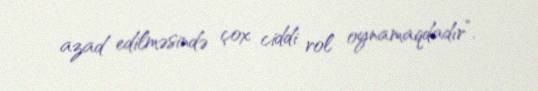
azad edilməsində çox ciddi rol oynamaqdadır”.